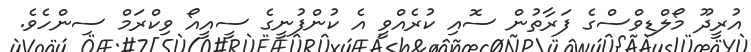
އުރީދޫ މޯލްޑިވްސްގެ ފަރާތުން ސޮއި ކުރެއްވީ އެ ކުންފުނީގެ ސީއީއޯ ވިކްރަމް ސިންހެވެ.